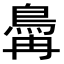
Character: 𬷆